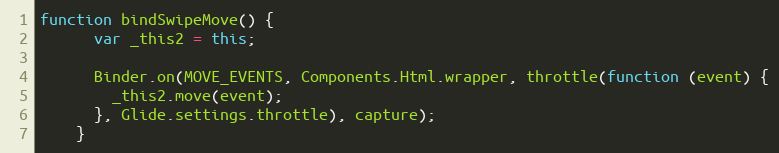
Language: JavaScript
function bindSwipeMove() {
      var _this2 = this;

      Binder.on(MOVE_EVENTS, Components.Html.wrapper, throttle(function (event) {
        _this2.move(event);
      }, Glide.settings.throttle), capture);
    }